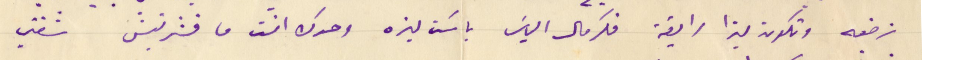
نرضعه وتكون ليزا رايقة فكرمال الياسَ باسَت ليزه وحدك انت ما فشرتيش شفتي